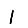
Digit: 1